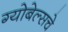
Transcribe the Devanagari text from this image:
ग्योबेल्सचे